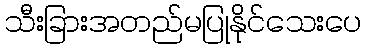
သီးခြားအတည်မပြုနိုင်သေးပေ